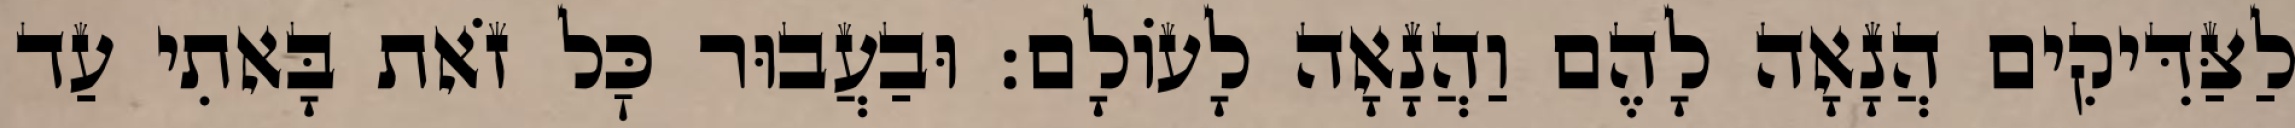
לַצַּדִּיקִים הֲנָאָה לָהֶם וַהֲנָאָה לָעוֹלָם: וּבַעֲבוּר כׇּל זֹאת בָּאתִי עַד